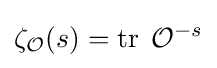
\zeta _{\mathcal {O}}(s)=\operatorname {tr} \;{\mathcal {O}}^{-s}